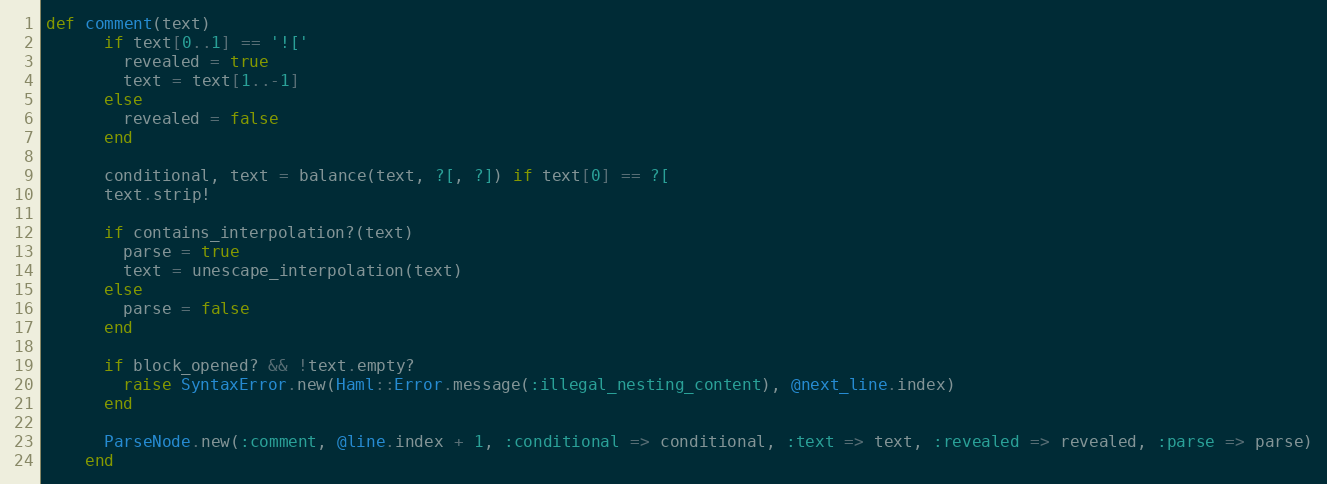
Language: Ruby
def comment(text)
      if text[0..1] == '!['
        revealed = true
        text = text[1..-1]
      else
        revealed = false
      end

      conditional, text = balance(text, ?[, ?]) if text[0] == ?[
      text.strip!

      if contains_interpolation?(text)
        parse = true
        text = unescape_interpolation(text)
      else
        parse = false
      end

      if block_opened? && !text.empty?
        raise SyntaxError.new(Haml::Error.message(:illegal_nesting_content), @next_line.index)
      end

      ParseNode.new(:comment, @line.index + 1, :conditional => conditional, :text => text, :revealed => revealed, :parse => parse)
    end